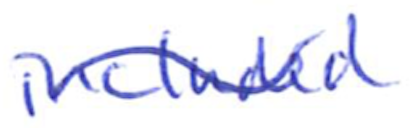
Text: included
Cross-out: mix
Writing tool: ballpoint